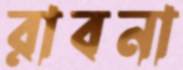
রাবনা